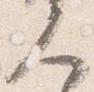
人